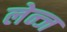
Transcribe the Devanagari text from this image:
लेन्ज